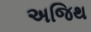
અજિથ